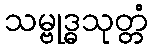
သမ္ဗုဒ္ဓသုတ္တံ